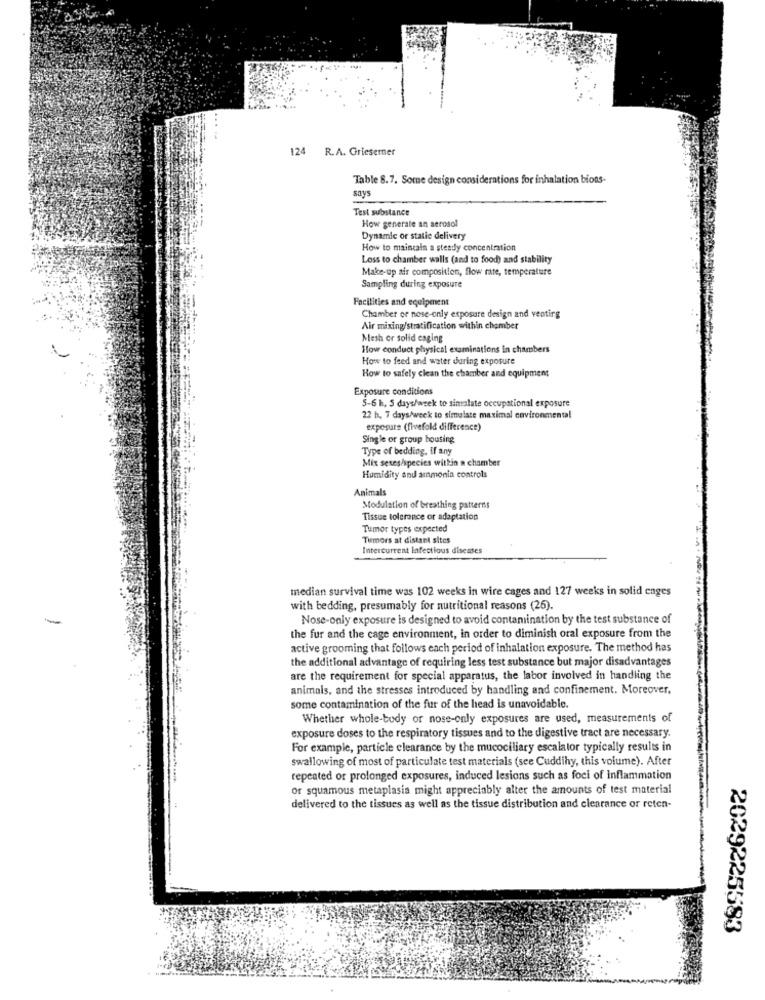
R.A. Griesemer
Table 8.7. Some design considerations for inhalation bions-
says
Test substance
How generale an aerosol
Dynamic or static delivery
How to maintain a steady concentration
Loss to chamber walls (and to food) and stability
Make-up air composition, flow rate, temperature
Sampling during exposure
Facilities and equipment
Chamber or nose-only exposure design and venting
Air mixing/stratification within chamber
Mesh or solid caging
How conduct physical examinations In chambers
How to feed and water during exposure
How to safely clean the chamber and equipment
Exposure conditions
5-6 h, S days/week to simulate occupational exposure
22 h, 7 days/week to simulate maximal environmental
exposure (fivefold difference)
Single or group housing
Type of bedding, If any
Mix sexes/species within a chamber
Humidity and ammonia controls
Animals
Modulation of breathing patterns
Tissue tolerance or adaptation
Tumor types expected
Tumors at distant sites
Intercurrent Infectious diseases
median survival time was 102 weeks in wire cages and 127 weeks in solid enges
with bedding, presumably for nutritional reasons (26).
Nose-only exposure is designed to avoid contamination by the test substance of
the fur and the cage environment, in order to diminish oral exposure from the
active grooming that follows each period of inhalation exposure. The method has
the additional advantage of requiring less test substance but major disadvantages
are the requirement for special apparatus, the labor involved in handling the
animals, and the stresses introduced by handling and confinement. Moreover,
some contamination of the fur of the head is unavoidable.
Whether whole-body or nose-only exposures are used, measurements of
exposure doses to the respiratory tissues and to the digestive tract are necessary.
For example, particle clearance by the mucociliary escalator typically results in
swallowing of most of particulate test materials (see Cuddihy, this volume). After
repeated or prolonged exposures, induced lesions such as foci of inflammation
or squamous metaplasia might appreciably alter the amounts of test material
delivered to the tissues as well as the tissue distribution and clearance or reten-
2029225583